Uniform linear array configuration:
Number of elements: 64
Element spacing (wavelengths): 0.75
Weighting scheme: uniform
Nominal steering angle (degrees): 60
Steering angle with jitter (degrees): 61.372
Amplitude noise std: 0.05
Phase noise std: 0.05

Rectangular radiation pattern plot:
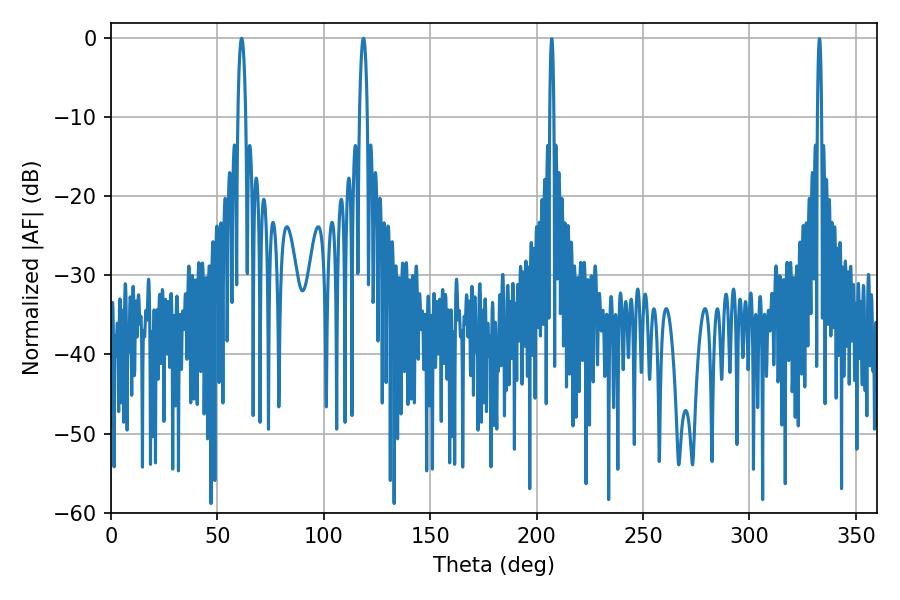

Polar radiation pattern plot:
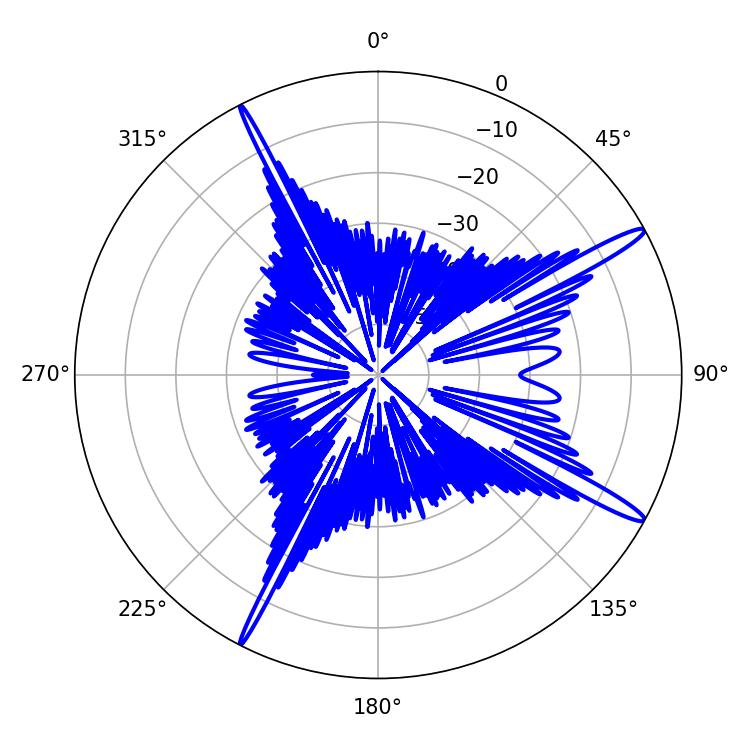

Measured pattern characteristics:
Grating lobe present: TRUE
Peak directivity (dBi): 15.607
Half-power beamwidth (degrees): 2.16
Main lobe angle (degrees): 61.38